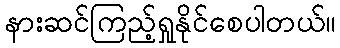
နားဆင်ကြည့်ရှုနိုင်စေပါတယ်။